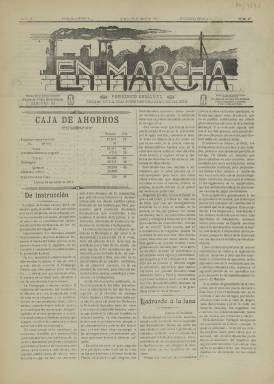
Título: En marcha (Abarán)
Colección: Periódicos
Ámbito geográfico: Murcia
Lugar de publicación: Abarán [Murcia]
Fechas: 30/04/1911-30/04/1911